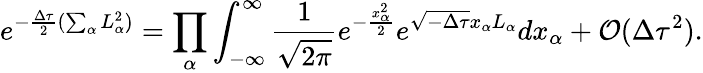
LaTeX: e^{-\frac{\Delta\tau}{2}(\sum_{\alpha}L_{\alpha}^{2})}=\prod_{\alpha}{\int_{-\infty}^{\infty}\frac{1}{\sqrt{2\pi}}e^{-\frac{x_{\alpha}^{2}}{2}}e^{\sqrt{-\Delta\tau}x_{\alpha}L_{\alpha}}dx_{\alpha}}+\mathcal{O}(\Delta\tau^{2}).